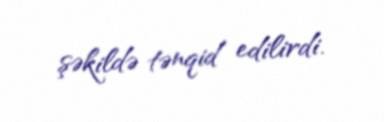
şəkildə tənqid edilirdi.